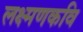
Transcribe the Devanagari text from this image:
लक्ष्मणकवि